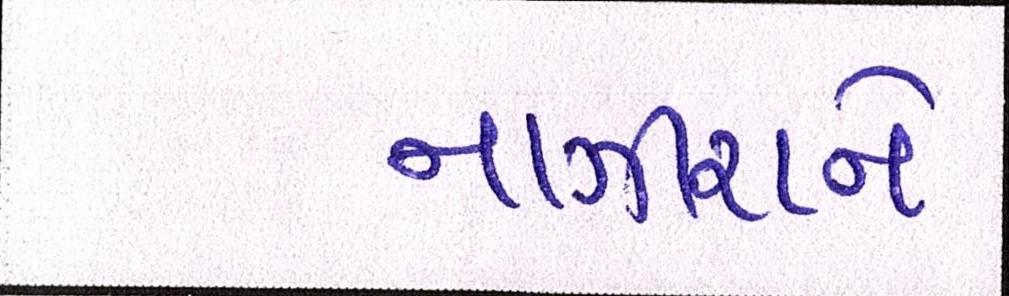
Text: નાઝીરાને